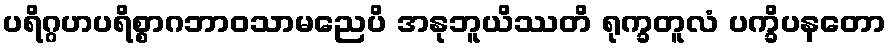
ပရိဂ္ဂဟပရိစ္စာဂဘာဝသာမညေပိ အနုဘူယိဿတိ ရုက္ခတူလံ ပက္ခိပနတော